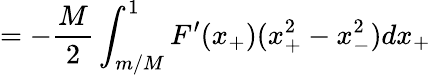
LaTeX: =-\frac M2\int_{m/M}^{1}F^{\prime}(x_{+})(x_{+}^{2}-x_{-}^{2})dx_{+}